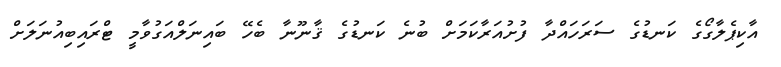
އާކިޕެލާގޯގެ ކަނޑުގެ ސަރަހައްދާ ފުށުއަރާކަމަށް ބުނެ ކަނޑުގެ ޤާނޫނާ ބެހޭ ބައިނަލްއަގުވާމީ ޓްރައިބިއުނަލަށް